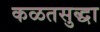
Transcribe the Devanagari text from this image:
कळतसुद्धा